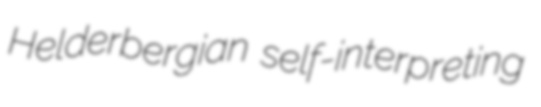
Helderbergian self-interpreting